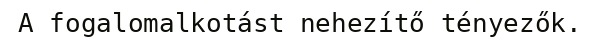
A fogalomalkotást nehezítő tényezők.